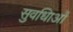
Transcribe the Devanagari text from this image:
सुवधिाओं